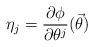
LaTeX: \begin{align*}\eta_j= \frac{\partial \phi}{\partial \theta^j}(\vec{\theta})\end{align*}